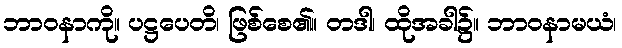
ဘာဝနာကို။ ပဋ္ဌပေတိ၊ ဖြစ်စေ၏။ တဒါ၊ ထိုအခါ၌။ ဘာဝနာမယံ၊